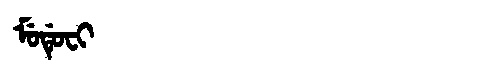
Manchu: ᠮᡠᡩᡠᠸᡳ
Romanization: MUDUFI